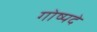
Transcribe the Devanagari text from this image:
गोष्पदे